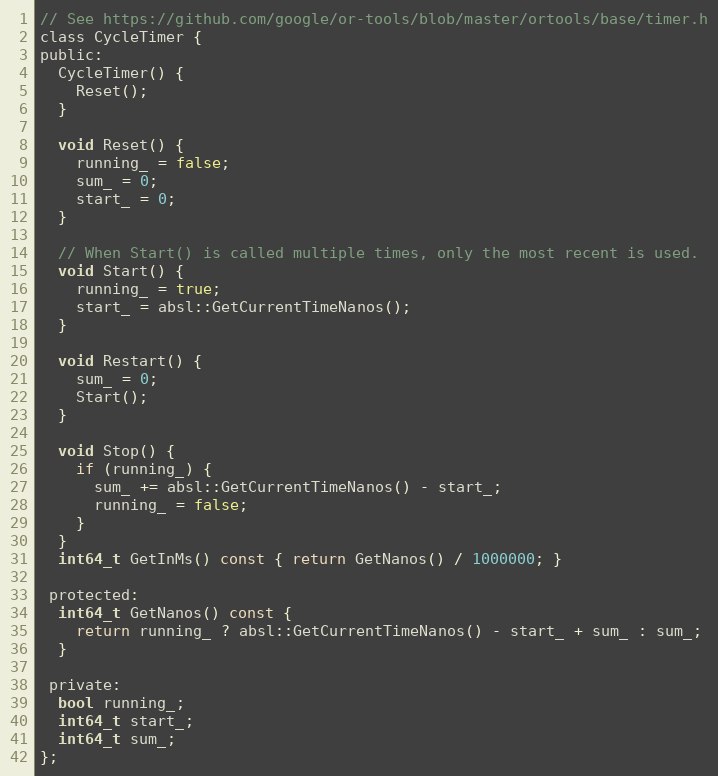
Language: C
// See https://github.com/google/or-tools/blob/master/ortools/base/timer.h
class CycleTimer {
public:
  CycleTimer() {
    Reset();
  }

  void Reset() {
    running_ = false;
    sum_ = 0;
    start_ = 0;
  }

  // When Start() is called multiple times, only the most recent is used.
  void Start() {
    running_ = true;
    start_ = absl::GetCurrentTimeNanos();
  }

  void Restart() {
    sum_ = 0;
    Start();
  }

  void Stop() {
    if (running_) {
      sum_ += absl::GetCurrentTimeNanos() - start_;
      running_ = false;
    }
  }
  int64_t GetInMs() const { return GetNanos() / 1000000; }

 protected:
  int64_t GetNanos() const {
    return running_ ? absl::GetCurrentTimeNanos() - start_ + sum_ : sum_;
  }

 private:
  bool running_;
  int64_t start_;
  int64_t sum_;
};